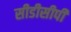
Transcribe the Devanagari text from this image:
सीडीसीपी